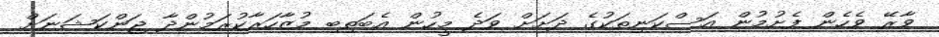
ވާރޭ ވެހެން ފެށުމުން އަސްކަނިތަކުގެ ދަށަށް ވަދެ މީހުން އެބަތިބި މުޒާހަރާކުރަމުންދާ ޖަންކަޝަނަށް